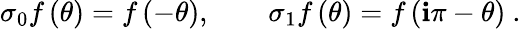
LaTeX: \sigma_{0}f\left(\theta\right)=f\left(-\theta\right),\qquad\sigma_{1}f\left(\theta\right)=f\left(\mathbf{i}\pi-\theta\right)~.